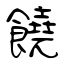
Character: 饒